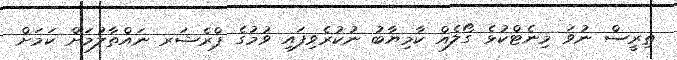
ތިރީސް ނުވަ މިނެޓްކުޅެ ގޯލެއް ކާމިޔާބު ނުކުރެވިފައި ވުމުގެ ޕްރެޝަރ ނައްތާލުމަށް ކަމަށް